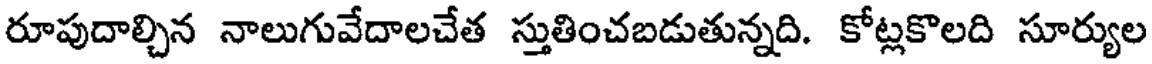
రూపుదాల్చిన నాలుగువేదాలచేత స్తుతించబడుతున్నది. కోట్లకొలది సూర్యుల